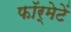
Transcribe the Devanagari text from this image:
फॉर्मेटें